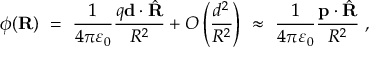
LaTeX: \phi ( \mathbf { R } ) \ = \ { \frac { 1 } { 4 \pi \varepsilon _ { 0 } } } { \frac { q \mathbf { d } \cdot { \hat { \mathbf { R } } } } { R ^ { 2 } } } + O \left( { \frac { d ^ { 2 } } { R ^ { 2 } } } \right) \ \approx \ { \frac { 1 } { 4 \pi \varepsilon _ { 0 } } } { \frac { \mathbf { p } \cdot { \hat { \mathbf { R } } } } { R ^ { 2 } } } \ ,